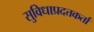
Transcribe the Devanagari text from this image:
सुविधाप्रदत्तकर्ता